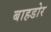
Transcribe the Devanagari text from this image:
बाहडोर